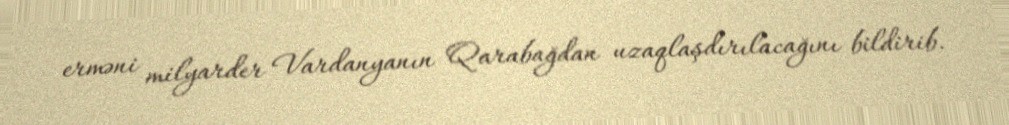
erməni milyarder Vardanyanın Qarabağdan uzaqlaşdırılacağını bildirib.